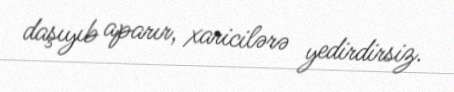
daşıyıb aparır, xaricilərə yedirdirsiz.